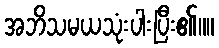
အဘိသမယသုံးပါးပြီး၏။။